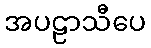
အပဠာသီပေ